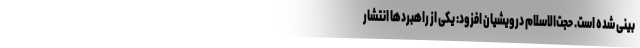
بینی شده است. حجت‌الاسلام درویشیان افزود: یکی از راهبرد‌ها انتشار